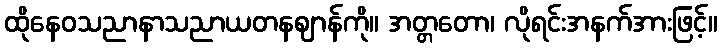
ထိုနေဝသညာနာသညာယတနဈာန်ကို။ အတ္တတော၊ လိုရင်းအနက်အားဖြင့်။